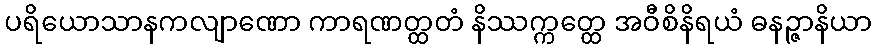
ပရိယောသာနကလျာဏော ကာရဏတ္ထတံ နိဿက္ကတ္ထေ အဝီစိနိရယံ ဓနဉ္ဇာနိယာ